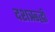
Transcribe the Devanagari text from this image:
दशऋद्धी